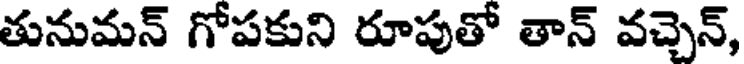
తునుమన్ గోపకుని రూపుతో తాన్ వచ్చెన్,